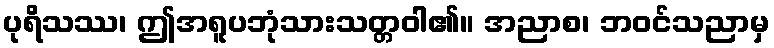
ပုရိသဿ၊ ဤအရူပဘုံသားသတ္တဝါ၏။ အညာစ၊ ဘဝင်သညာမှ